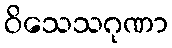
ဝိသေသဂုဏာ